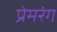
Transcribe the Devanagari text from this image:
प्रेमरंग